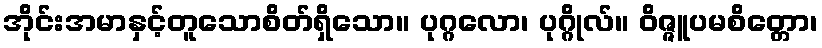
အိုင်းအမာနှင့်တူသောစိတ်ရှိသော။ ပုဂ္ဂလော၊ ပုဂ္ဂိုလ်။ ဝိဇ္ဇူပမစိတ္တော၊